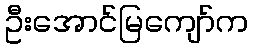
ဦးအောင်မြကျော်က